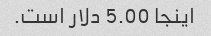
اینجا 5.00 دلار است.